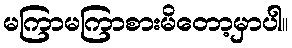
မကြာမကြာစားမိတော့မှာပါ။